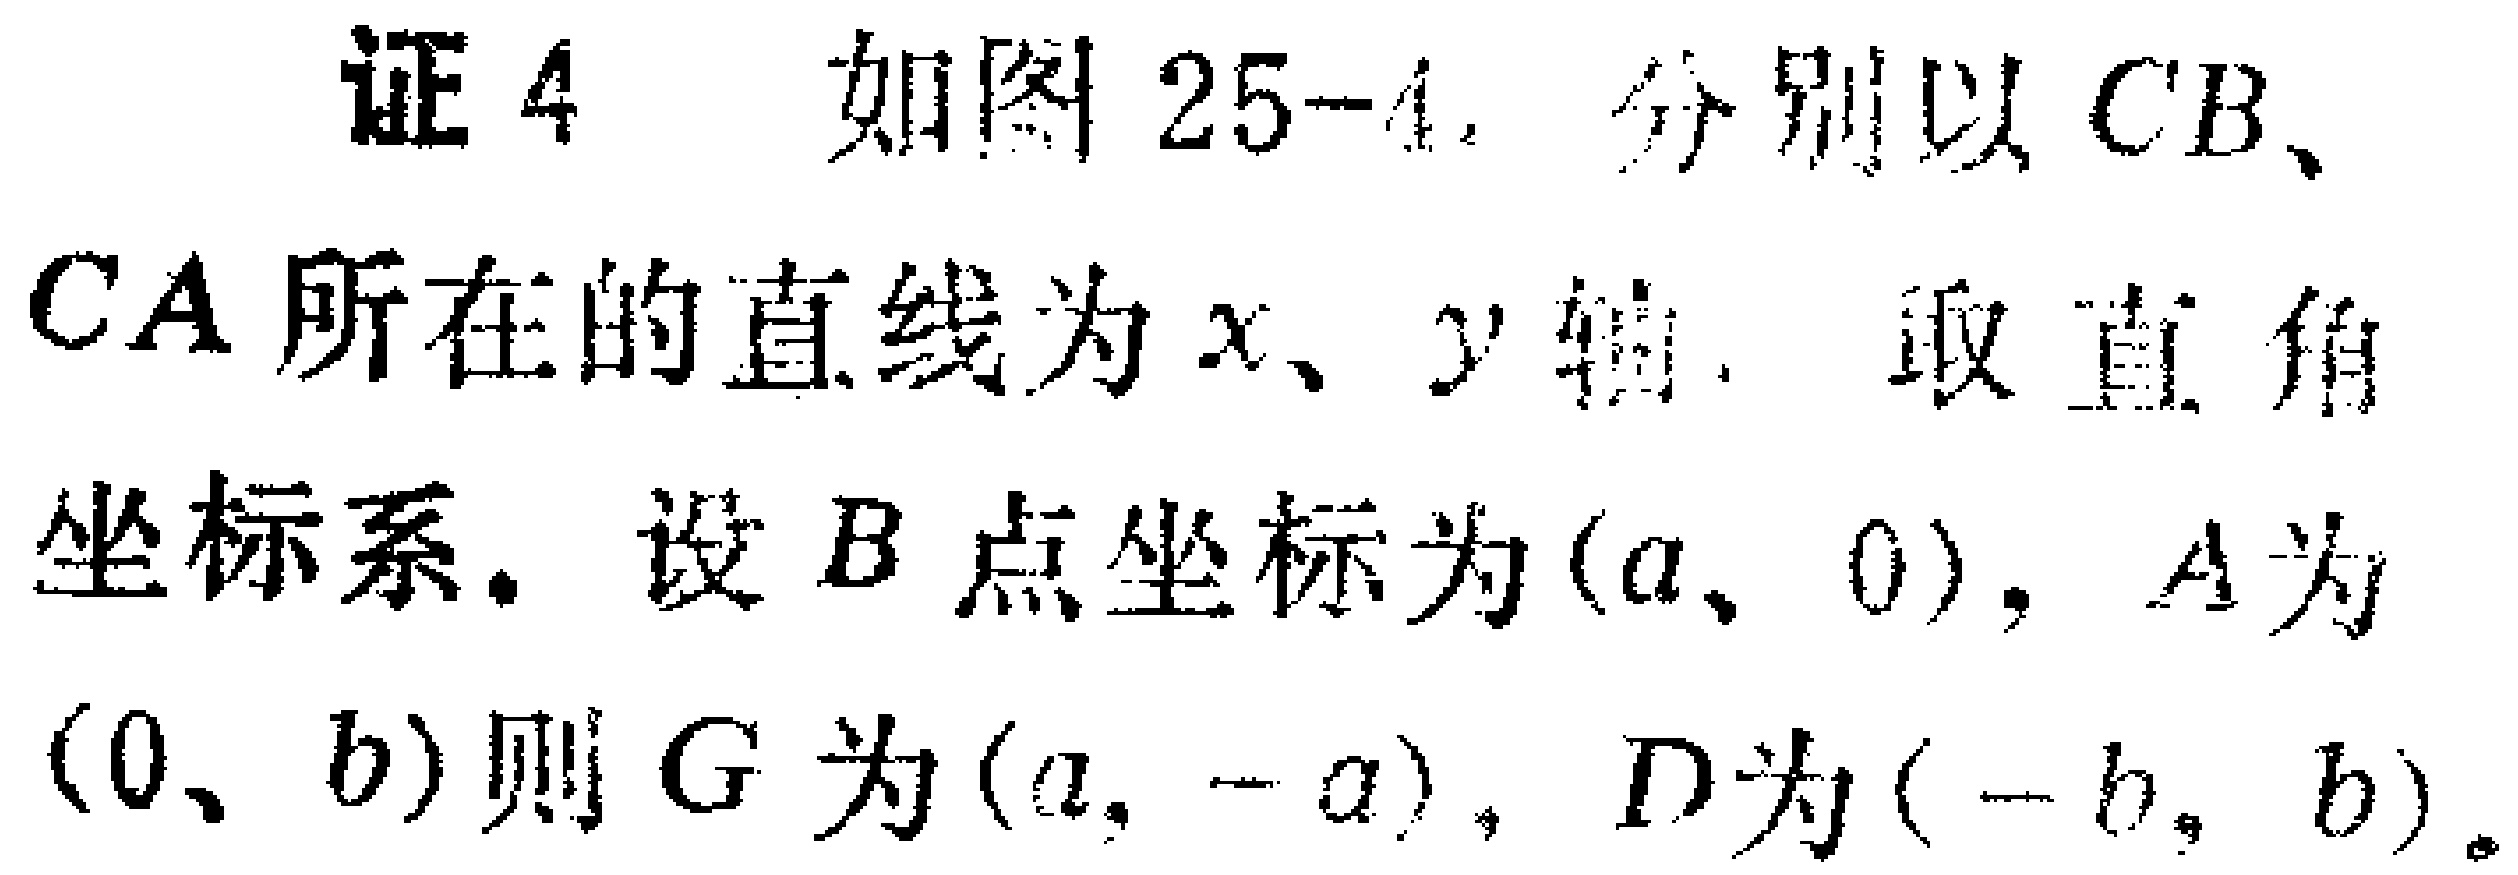
证4 如图25-4，分别以\(CB\)、\(CA\)所在的直线为\(x\)、\(y\)轴，取直角坐标系。设\(B\)点坐标为\((a,0)\)，\(A\)为\((0,b)\)则\(G\)为\((a,-a)\)，\(D\)为\((-b,b)\)。